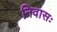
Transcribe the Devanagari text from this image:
निवासः